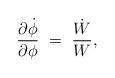
LaTeX: \begin{align*}{\partial \dot{\phi} \over \partial \phi}~=~{\dot{W} \over W},\end{align*}